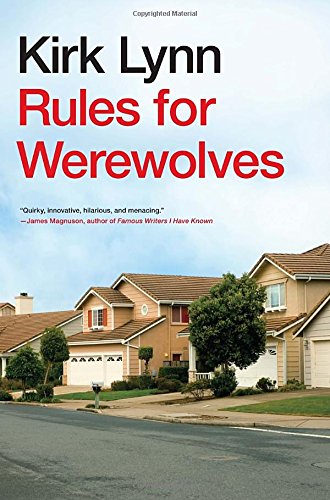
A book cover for Rules for Werewolves; Kirk Lynn; Science Fiction & Fantasy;